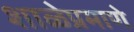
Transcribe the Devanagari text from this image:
शाळेप्रमाणे